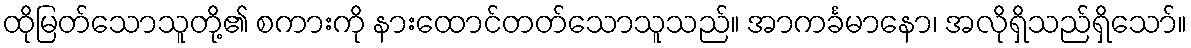
ထိုမြတ်သောသူတို့၏ စကားကို နားထောင်တတ်သောသူသည်။ အာကင်္ခမာနော၊ အလိုရှိသည်ရှိသော်။